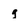
Character: g